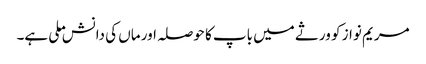
مریم نواز کو ورثے میں باپ کا حوصلہ اور ماں کی دانش ملی ہے۔